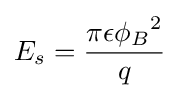
E_{s}={\frac {\pi \epsilon {\phi _{B}}^{2}}{q}}